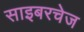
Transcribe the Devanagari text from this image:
साइबरचेज